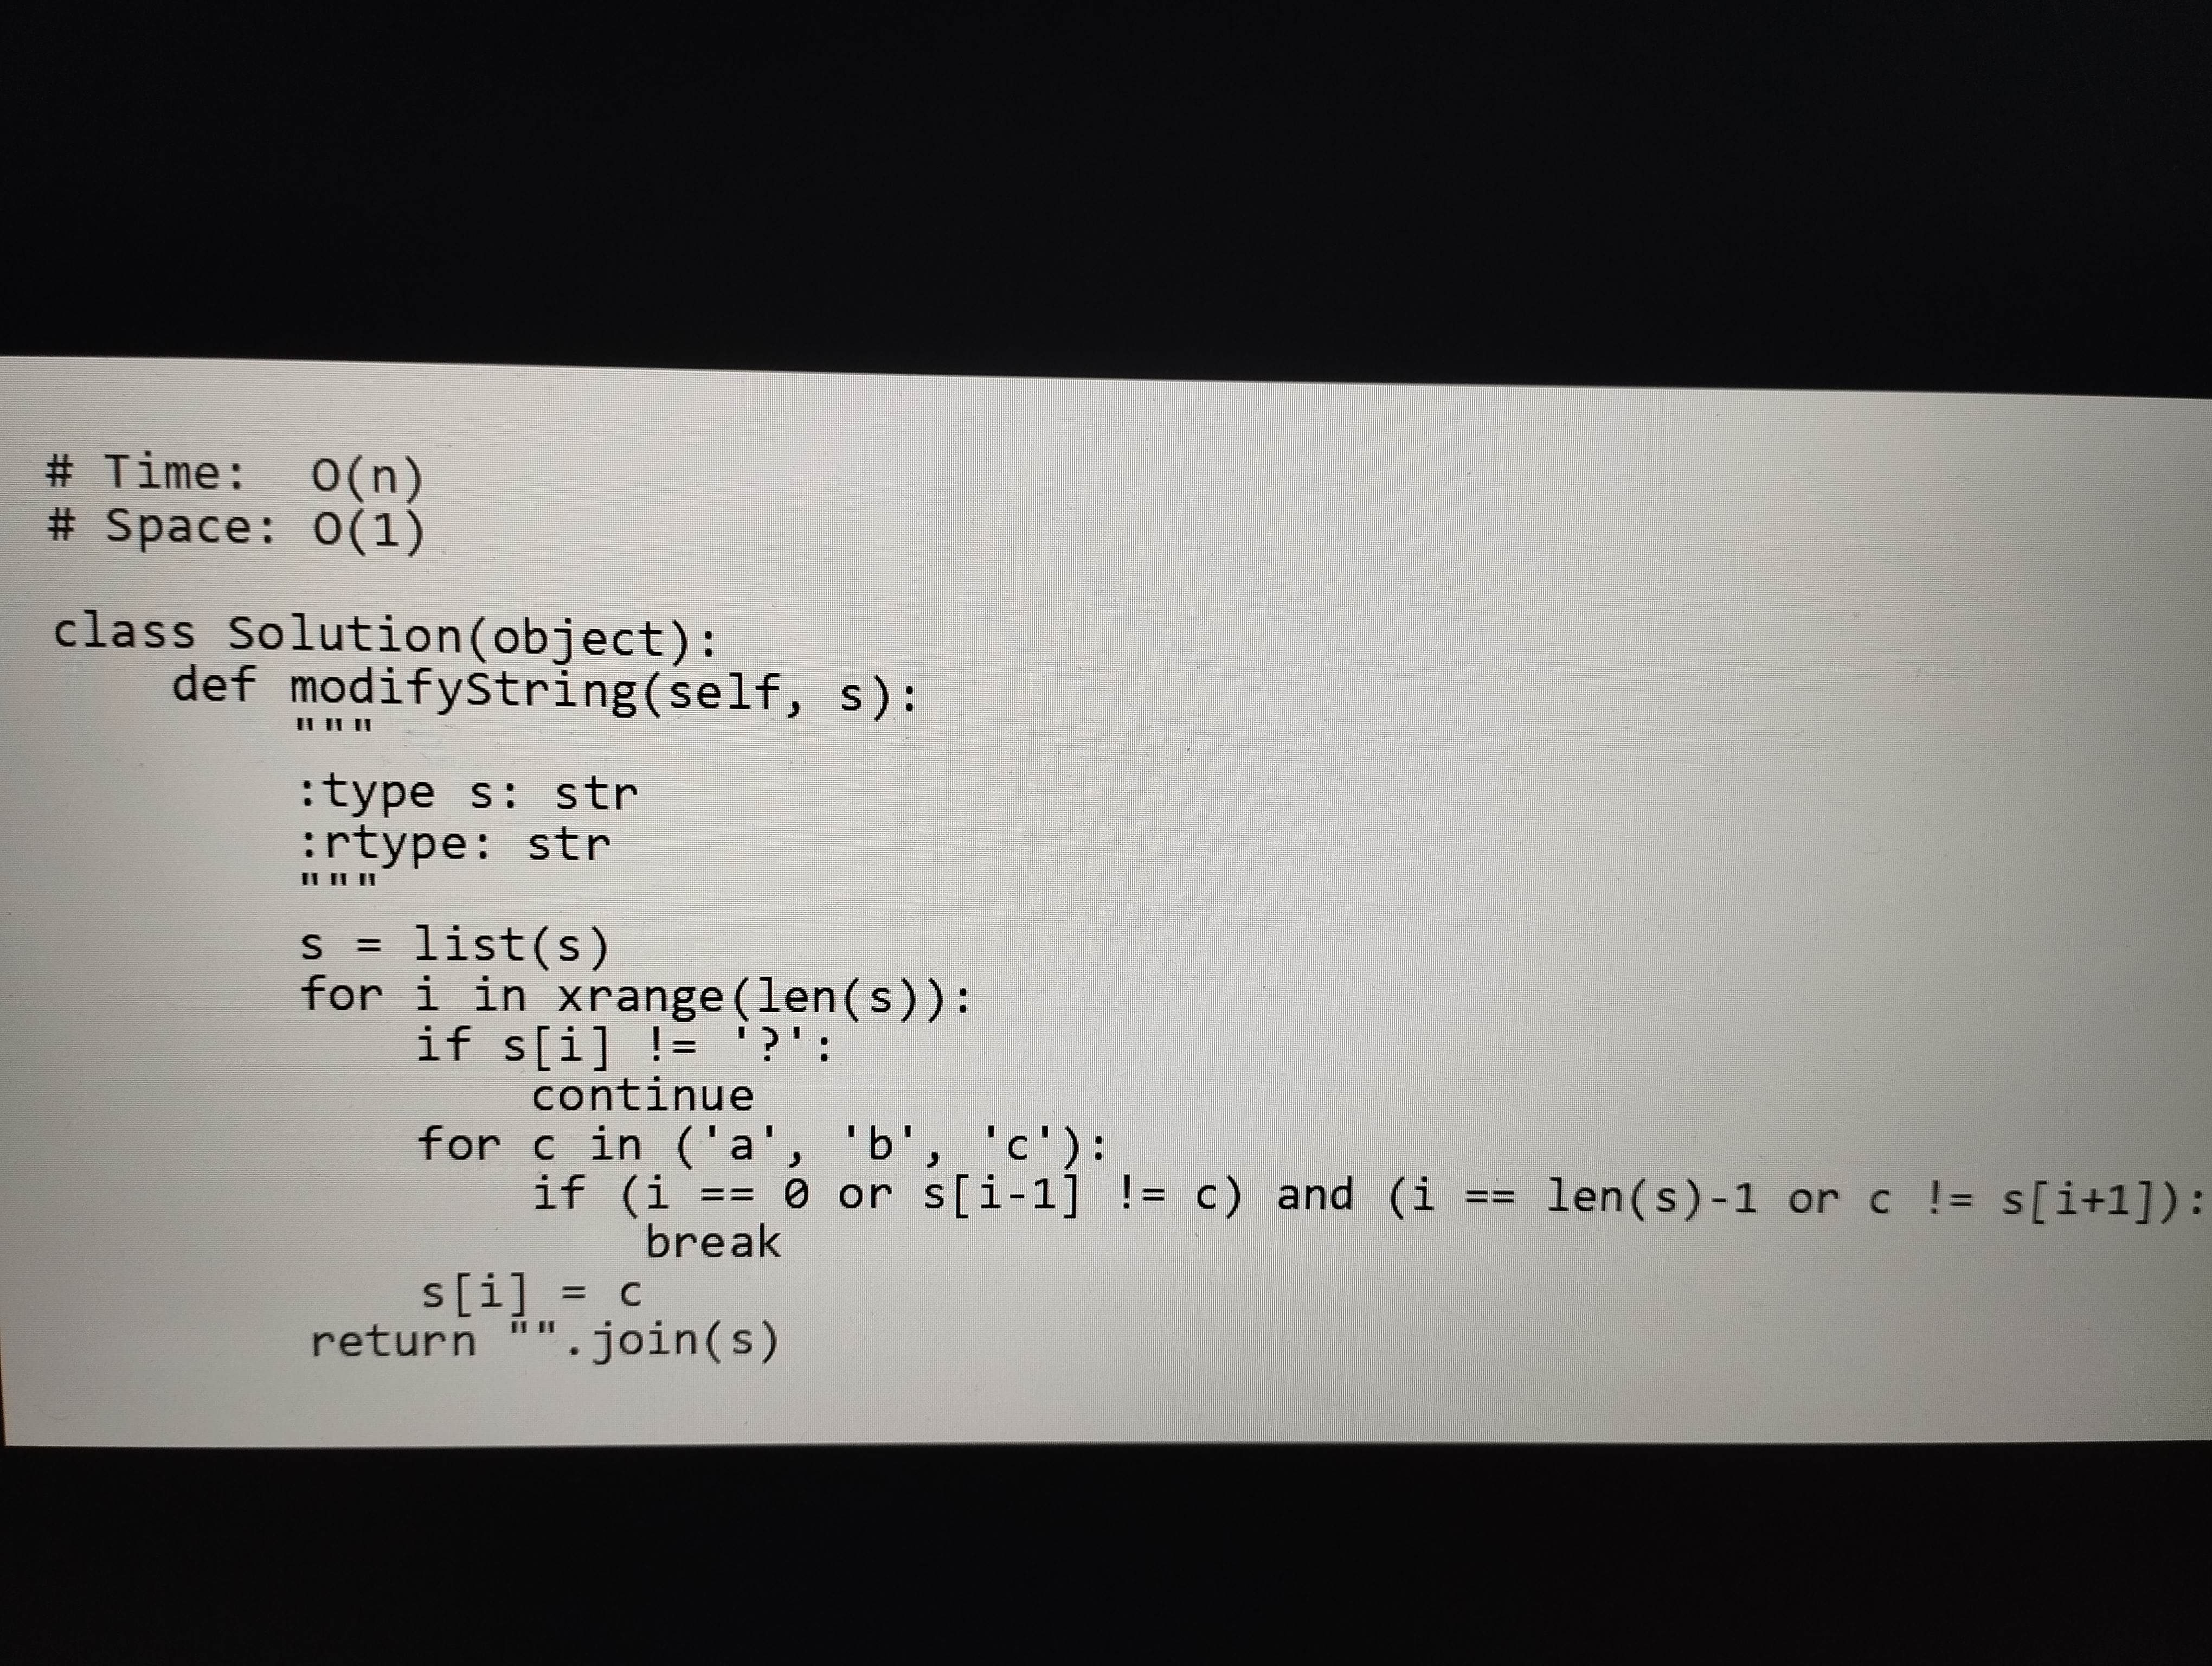
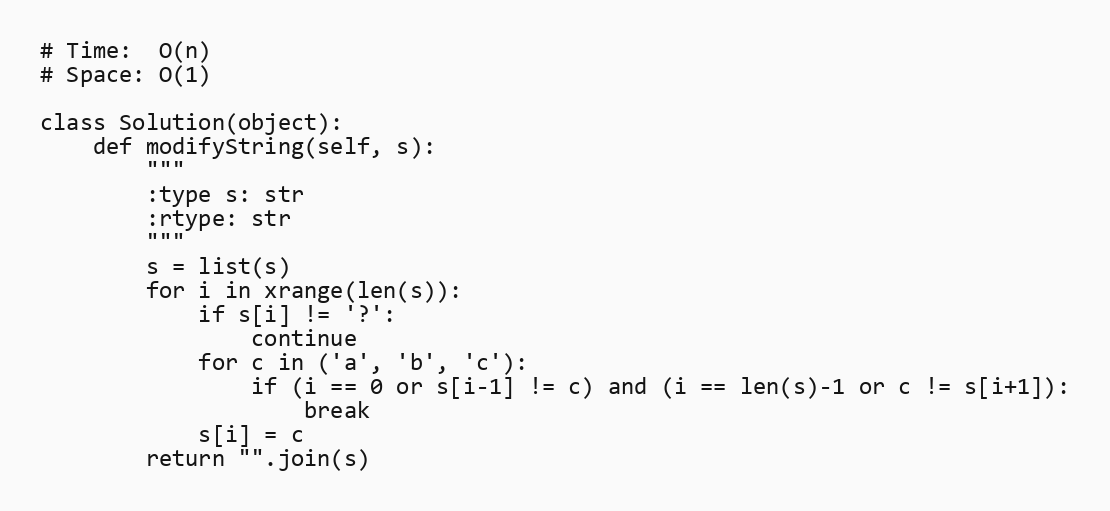
# Time:  O(n)
# Space: O(1)

class Solution(object):
    def modifyString(self, s):
        """
        :type s: str
        :rtype: str
        """
        s = list(s)
        for i in xrange(len(s)):
            if s[i] != '?':
                continue
            for c in ('a', 'b', 'c'):
                if (i == 0 or s[i-1] != c) and (i == len(s)-1 or c != s[i+1]):
                    break
            s[i] = c
        return "".join(s)